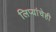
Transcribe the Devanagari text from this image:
लिप्यांचेही